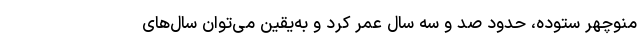
منوچهر ستوده، حدود صد و سه سال عمر کرد و به‌یقین می‌توان سال‌های